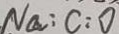
N a : C : O